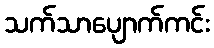
သက်သာပျောက်ကင်း